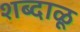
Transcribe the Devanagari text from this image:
शब्दाळू